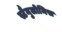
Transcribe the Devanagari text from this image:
स्टैनुलोनिस